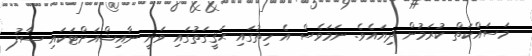
މަސައްކަތް ކުރަމުން ދިޔައެވެ. ނަމަވެސް އެ ހިތުގައި ޙަޤީގަތުގައި ވަނީ ނާއިޝްއަށްޓަކައި ސާފު